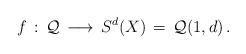
\begin{align*}f\, :\, {\mathcal Q}\,\longrightarrow\, S^d(X)\,=\,{\mathcal Q}(1,d)\, .\end{align*}